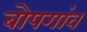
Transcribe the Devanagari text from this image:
बोपगांव